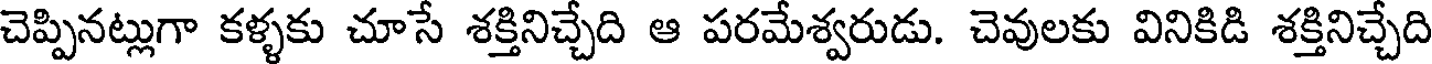
చెప్పినట్లుగా కళ్ళకు చూసే శక్తినిచ్చేది ఆ పరమేశ్వరుడు. చెవులకు వినికిడి శక్తినిచ్చేది